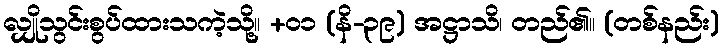
လျှိုသွင်းစွပ်ထားသကဲ့သို့။ +၀၁ (နိ-၃၉) အဋ္ဌာသိ၊ တည်၏။ (တစ်နည်း)